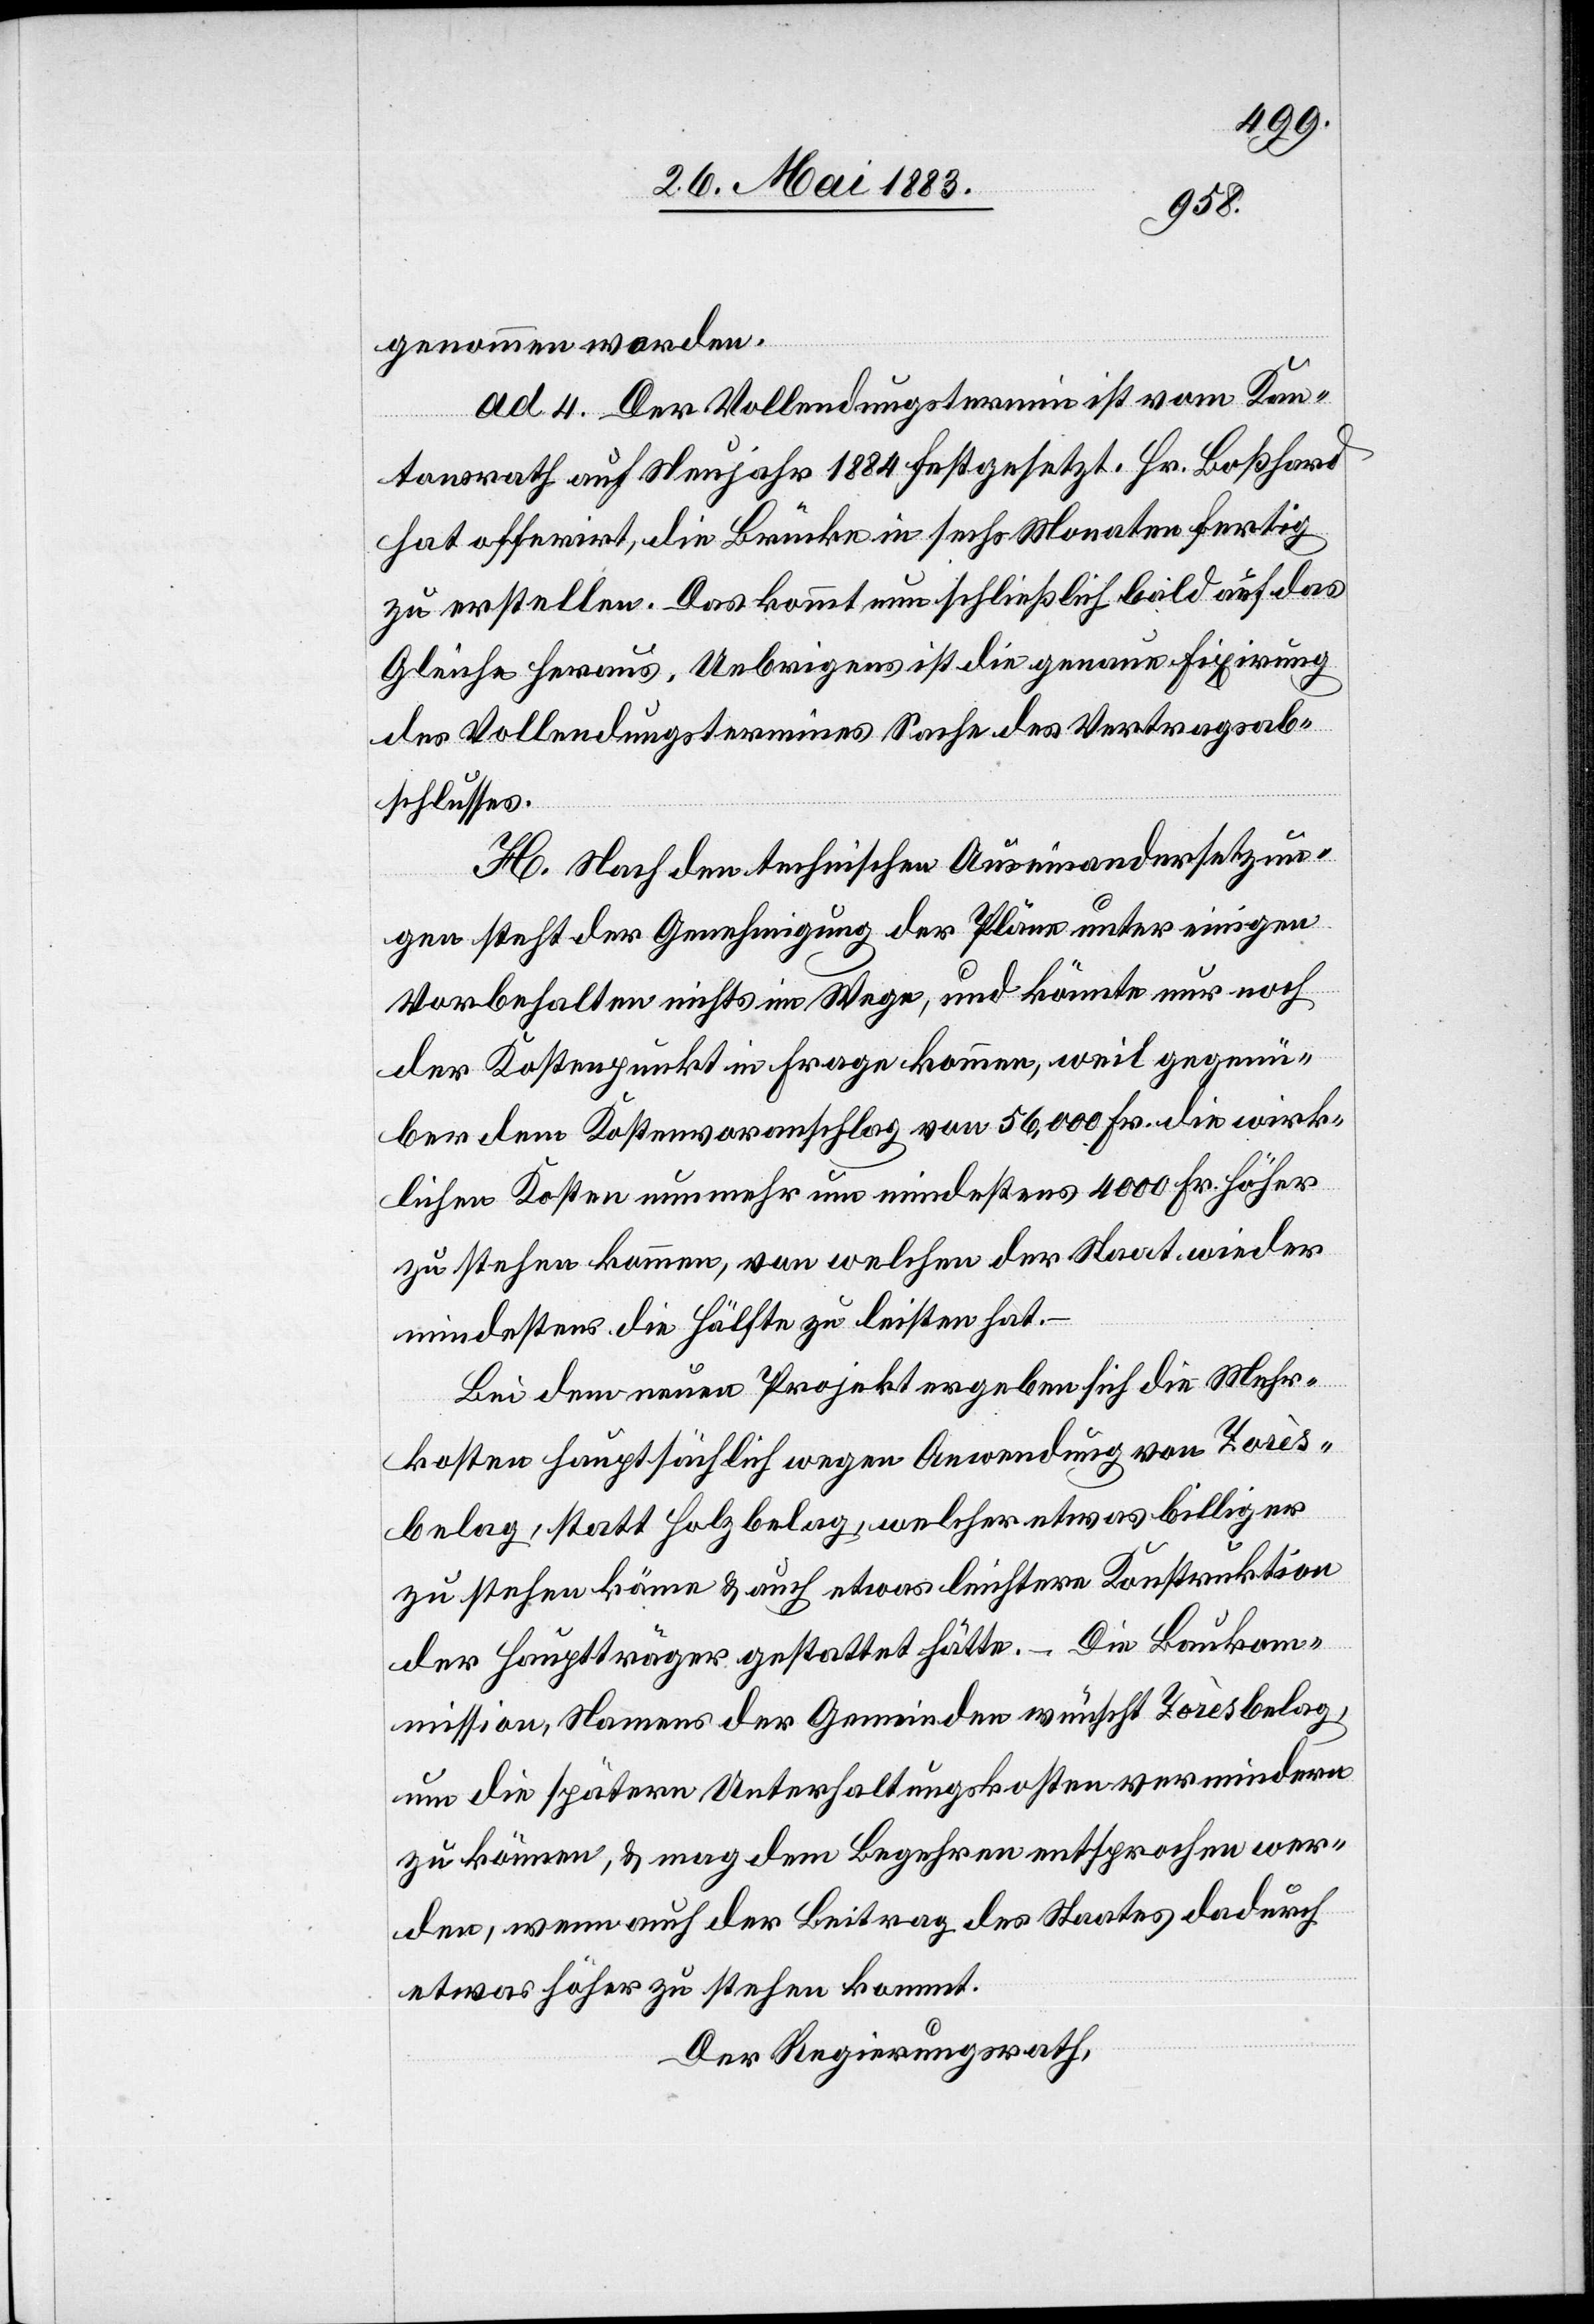
genommen worden.
ad 4. Der Vollendungstermin ist vom Kan¬
tonsrath auf Neujahr 1884 festgesetzt. Hr. Boßhard
hat offerirt, die Brücke in sechs Monaten fertig
zu erstellen. Das kommt nun schließlich bald auf das
Gleiche heraus. Uebrigens ist die genaue Fixirung
des Vollendungstermins Sache des Vertragsab¬
schlusses.
H. Nach den technischen Auseinandersetzun¬
gen steht der Genehmigung der Pläne unter einigen
Vorbehalten nichts im Wege, und könnte nur noch
der Kostenpunkt in Frage kommen, weil gegenü¬
ber dem Kostenvoranschlag von 56,000 Fr. die wirk¬
lichen Kosten nunmehr um mindestens 4000 Fr. höher
zu stehen kommen, von welchen der Staat wieder
mindestens die Hälfte zu leisten hat.
Bei dem neuen Projekt ergeben sich die Mehr¬
kosten hauptsächlich wegen Anwendung von Zorès¬
belag, statt Holzbelag, welcher etwas billiger
zu stehen käme & auch etwas leichtere Konstruktion
der Hauptträger gestattet hätte. Die Baukom¬
mission, Namens der Gemeinden wünscht Zorèsbelag,
um die spätere Unterhaltungskosten vermindern
zu können, & mag dem Begehren entsprochen wer¬
den, wenn auch der Beitrag des Staates dadurch
etwas höher zu stehen kommt.
Der Regierungsrath,